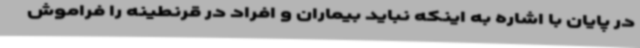
در پایان با اشاره به اینکه نباید بیماران و افراد در قرنطینه را فراموش